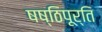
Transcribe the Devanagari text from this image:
षष्ठिपूर्ति